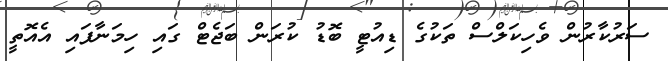
ސަރުކާރުން ވެހިކަލްސް ތަކުގެ ޑިއުޓީ ބޮޑު ކުރަން ބަޖެޓް ގައި ހިމަނާފައި އެއޮތީ